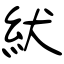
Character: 紎